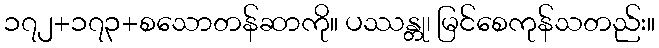
၁၇၂+၁၇၃+စသောတန်ဆာကို။ ပဿန္တု၊ မြင်စေကုန်သတည်း။